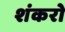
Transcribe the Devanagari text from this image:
शंकरो